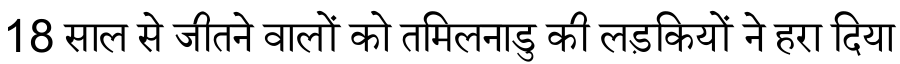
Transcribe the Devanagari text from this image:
18 साल से जीतने वालों को तमिलनाडु की लड़कियों ने हरा दिया